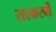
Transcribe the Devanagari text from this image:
सरकरची